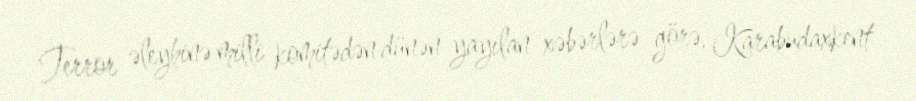
Terror əleyhinə milli komitədən dünən yayılan xəbərlərə görə, Karabudaxkent